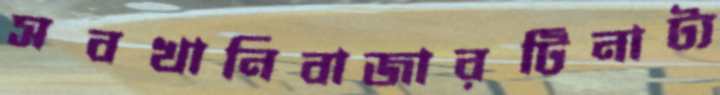
সবখানিবাজারটিনাট্য